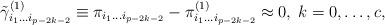
LaTeX: \begin{align*}\tilde \gamma _{i_1\ldots i_{p-2k-2}}^{(1)}\equiv \pi_{i_1\ldots i_{p-2k-2}}-\pi _{i_1\ldots i_{p-2k-2}}^{(1)}\approx0,\;k=0,\ldots ,c,\end{align*}